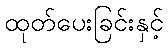
ထုတ်ပေးခြင်းနှင့်